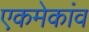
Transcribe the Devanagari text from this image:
एकमेकांव